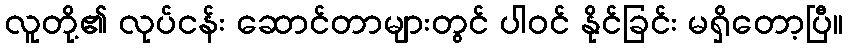
လူတို့၏ လုပ်ငန်း ဆောင်တာများတွင် ပါဝင် နိုင်ခြင်း မရှိတော့ပြီ။